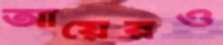
আয়েরও